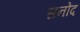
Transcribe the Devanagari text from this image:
सनोंद